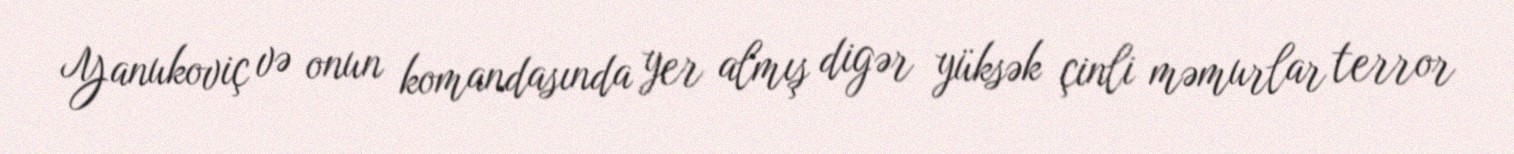
Yanukoviç və onun komandasında yer almış digər yüksək çinli məmurlar terror